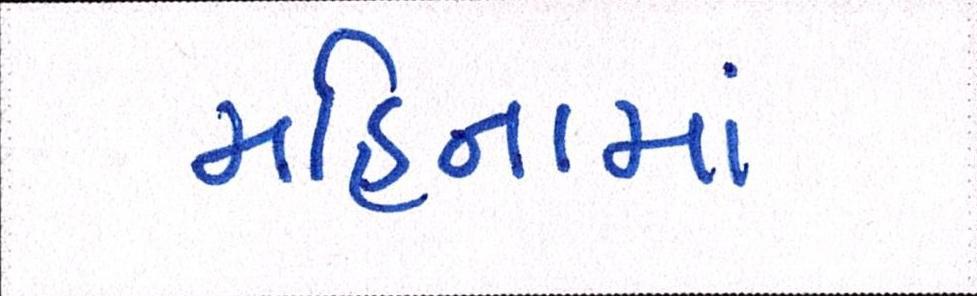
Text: મહિનામાં